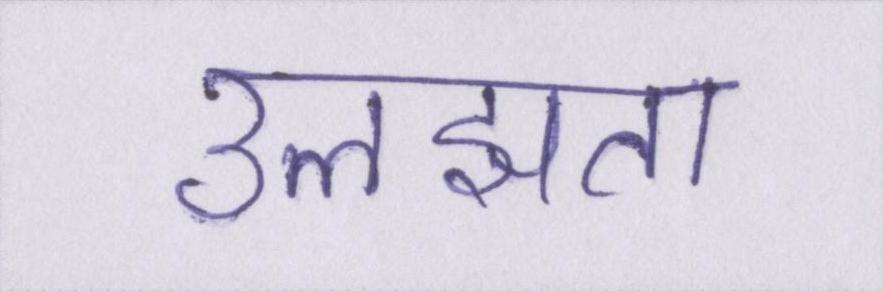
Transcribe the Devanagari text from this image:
उलझता